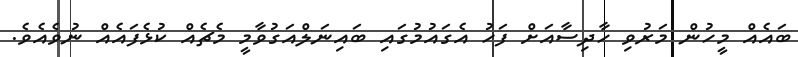
ބައެއް މީހުން މަރުވި ހާދިސާއަށް ފަހު އެގައުމުގައި ބައިނަލްއަގުވާމީ މެޗެއް ކުޅެފައެއް ނުވެއެވެ.